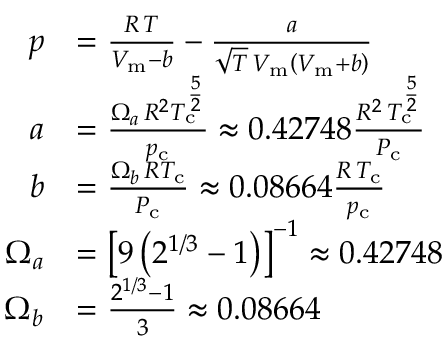
{ \begin{array} { r l } { p } & { = { \frac { R \, T } { V _ { \mathrm { m } } - b } } - { \frac { a } { { \sqrt { T } } \, V _ { \mathrm { m } } \left( V _ { \mathrm { m } } + b \right) } } } \\ { a } & { = { \frac { \Omega _ { a } \, R ^ { 2 } T _ { \mathrm { c } } ^ { \frac { 5 } { 2 } } } { p _ { \mathrm { c } } } } \approx 0 . 4 2 7 4 8 { \frac { R ^ { 2 } \, T _ { \mathrm { c } } ^ { \frac { 5 } { 2 } } } { P _ { \mathrm { c } } } } } \\ { b } & { = { \frac { \Omega _ { b } \, R T _ { \mathrm { c } } } { P _ { \mathrm { c } } } } \approx 0 . 0 8 6 6 4 { \frac { R \, T _ { \mathrm { c } } } { p _ { \mathrm { c } } } } } \\ { \Omega _ { a } } & { = \left[ 9 \left( 2 ^ { 1 / 3 } - 1 \right) \right] ^ { - 1 } \approx 0 . 4 2 7 4 8 } \\ { \Omega _ { b } } & { = { \frac { 2 ^ { 1 / 3 } - 1 } { 3 } } \approx 0 . 0 8 6 6 4 } \end{array} }